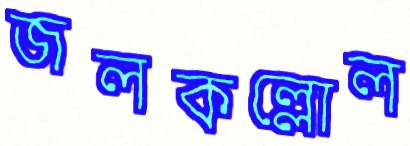
জলকল্লোল